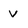
Character: V